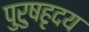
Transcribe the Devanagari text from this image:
पुरुषहृदय